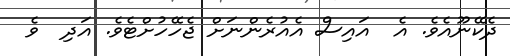
ދެކޭނޫއެވެ. އެ  އައިސް އެއުރެންނަށް ޖެހޭހުށްޓެވެ. އަދި  ވެ